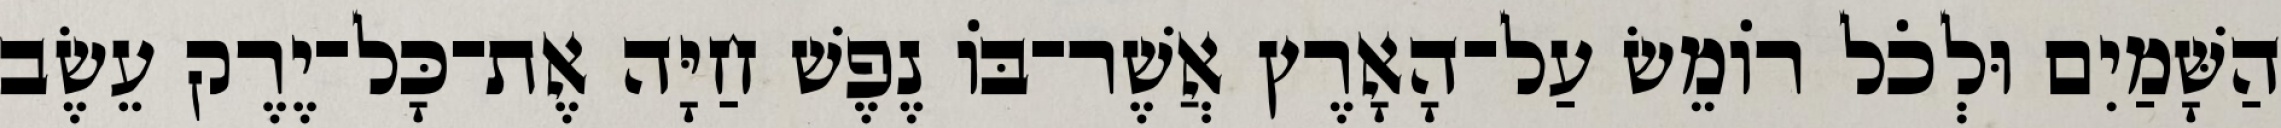
הַשָּׁמַיִם וּלְכֹל רֹומֵשׂ עַל־הָאָרֶץ אֲשֶׁר־בֹּו נֶפֶשׁ חַיָּה אֶת־כָּל־יֶרֶק עֵשֶׂב